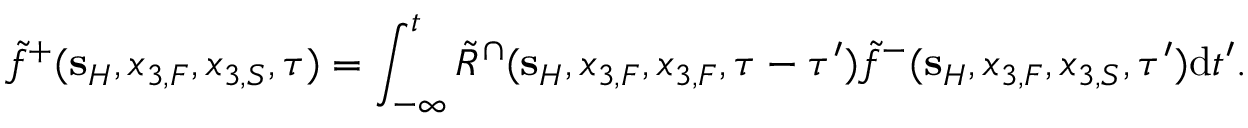
\tilde { f } ^ { + } ( { \bf s } _ { H } , x _ { 3 , F } , x _ { 3 , S } , \tau ) = \int _ { - \infty } ^ { t } \tilde { R } ^ { \cap } ( { \bf s } _ { H } , x _ { 3 , F } , x _ { 3 , F } , \tau - \tau ^ { \prime } ) \tilde { f } ^ { - } ( { \bf s } _ { H } , x _ { 3 , F } , x _ { 3 , S } , \tau ^ { \prime } ) \mathrm { d } t ^ { \prime } .